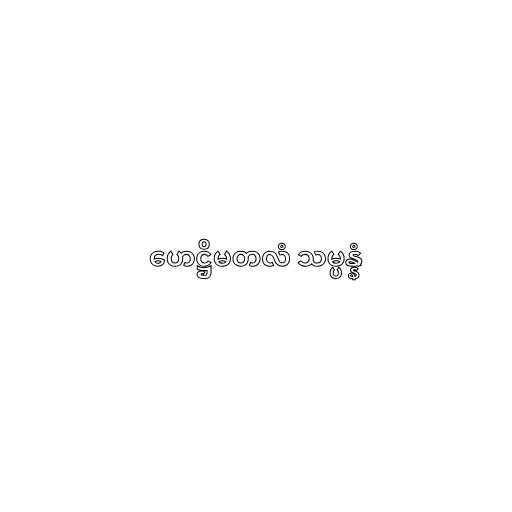
ဟေဋ္ဌိမတလံ သမ္ပန္နံ